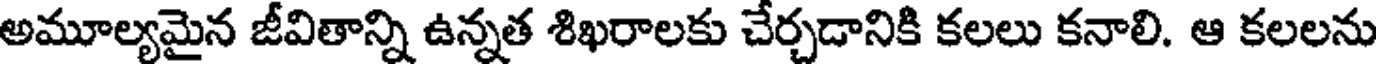
అమూల్యమైన జీవితాన్ని ఉన్నత శిఖరాలకు చేర్చడానికి కలలు కనాలి. ఆ కలలను